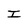
Character: I